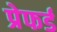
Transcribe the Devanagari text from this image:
प्रेफर्ड